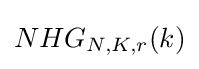
NHG_{N,K,r}(k)